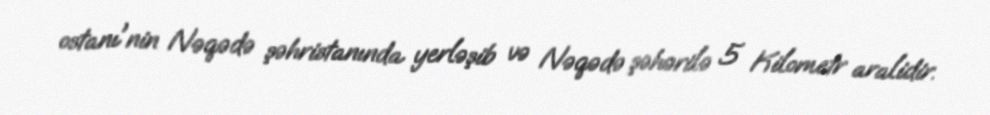
ostanı'nin Nəqədə şəhristanında yerləşib və Nəqədə şəhərilə 5 Kilometr aralidir.